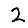
Digit: 2